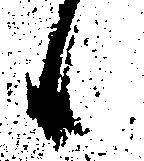
候